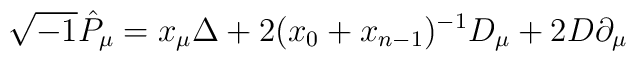
\sqrt{-1} \hat{P}_\mu = x_\mu  \Delta + 2 (x_0 + x_{n-1})^{-1} D_\mu +2 D \partial_\mu